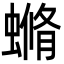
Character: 䗛